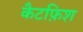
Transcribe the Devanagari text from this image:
कैटफ़िश